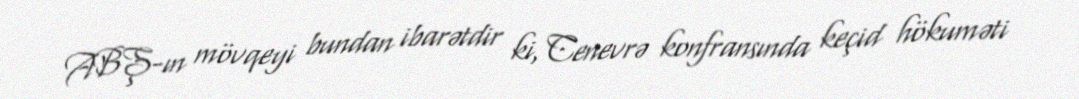
ABŞ-ın mövqeyi bundan ibarətdir ki, Cenevrə konfransında keçid hökuməti